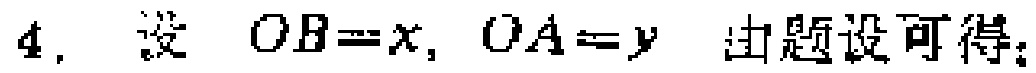
4. 设 \(OB = x, OA = y\) 由题设可得：